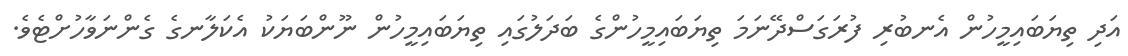
އަދި ތިޔަބައިމީހުން އެނބުރި ފުރަގަސްދޭނަމަ ތިޔަބައިމީހުންގެ ބަދަލުގައި ތިޔަބައިމީހުން ނޫންބަޔަކު އެކަލާނގެ ގެންނަވާހުށްޓެވެ.